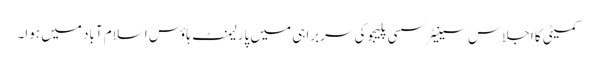
کمیٹی کا اجلاس سینیٹر سسی پلیجو کی سربراہی میں پارلیمنٹ ہاؤس اسلام آباد میں ہوا۔